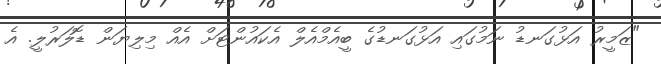
"ޒަމީރު އަޅުގަނޑު ނަމުގައި އަޅުގަނޑުގެ ބީއެމްއެލް އެކައުންޓަށް އެއް މިލިޔަން ޑޮލަރުލީ. އެ